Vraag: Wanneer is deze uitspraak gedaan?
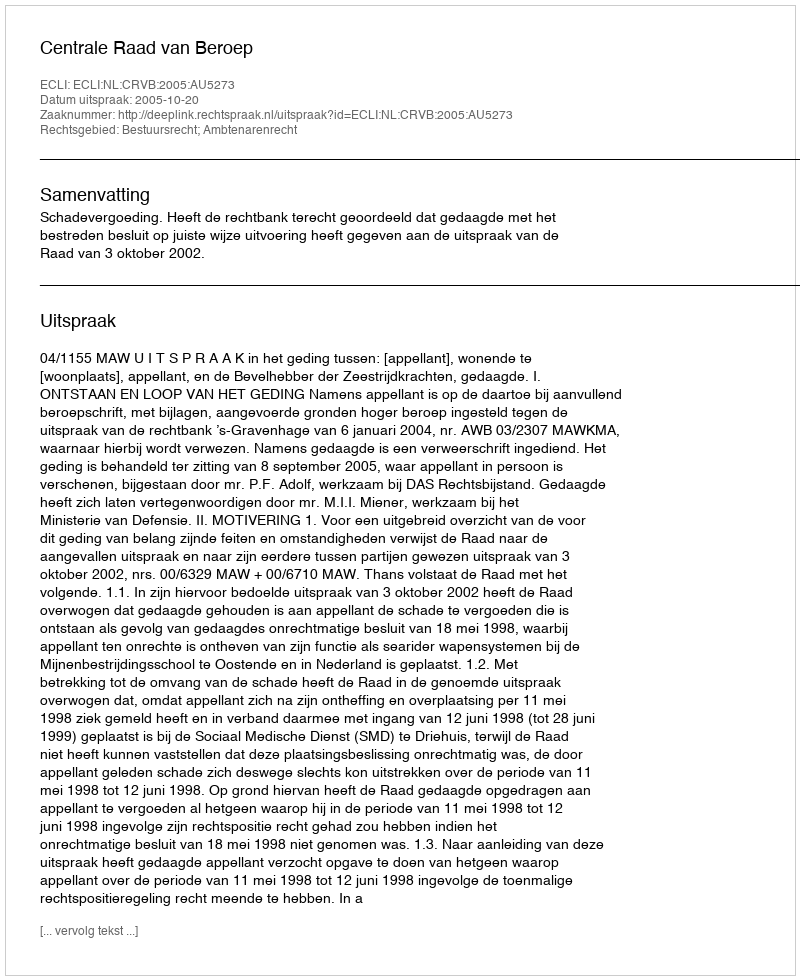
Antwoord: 2005-10-20